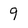
Character: 9